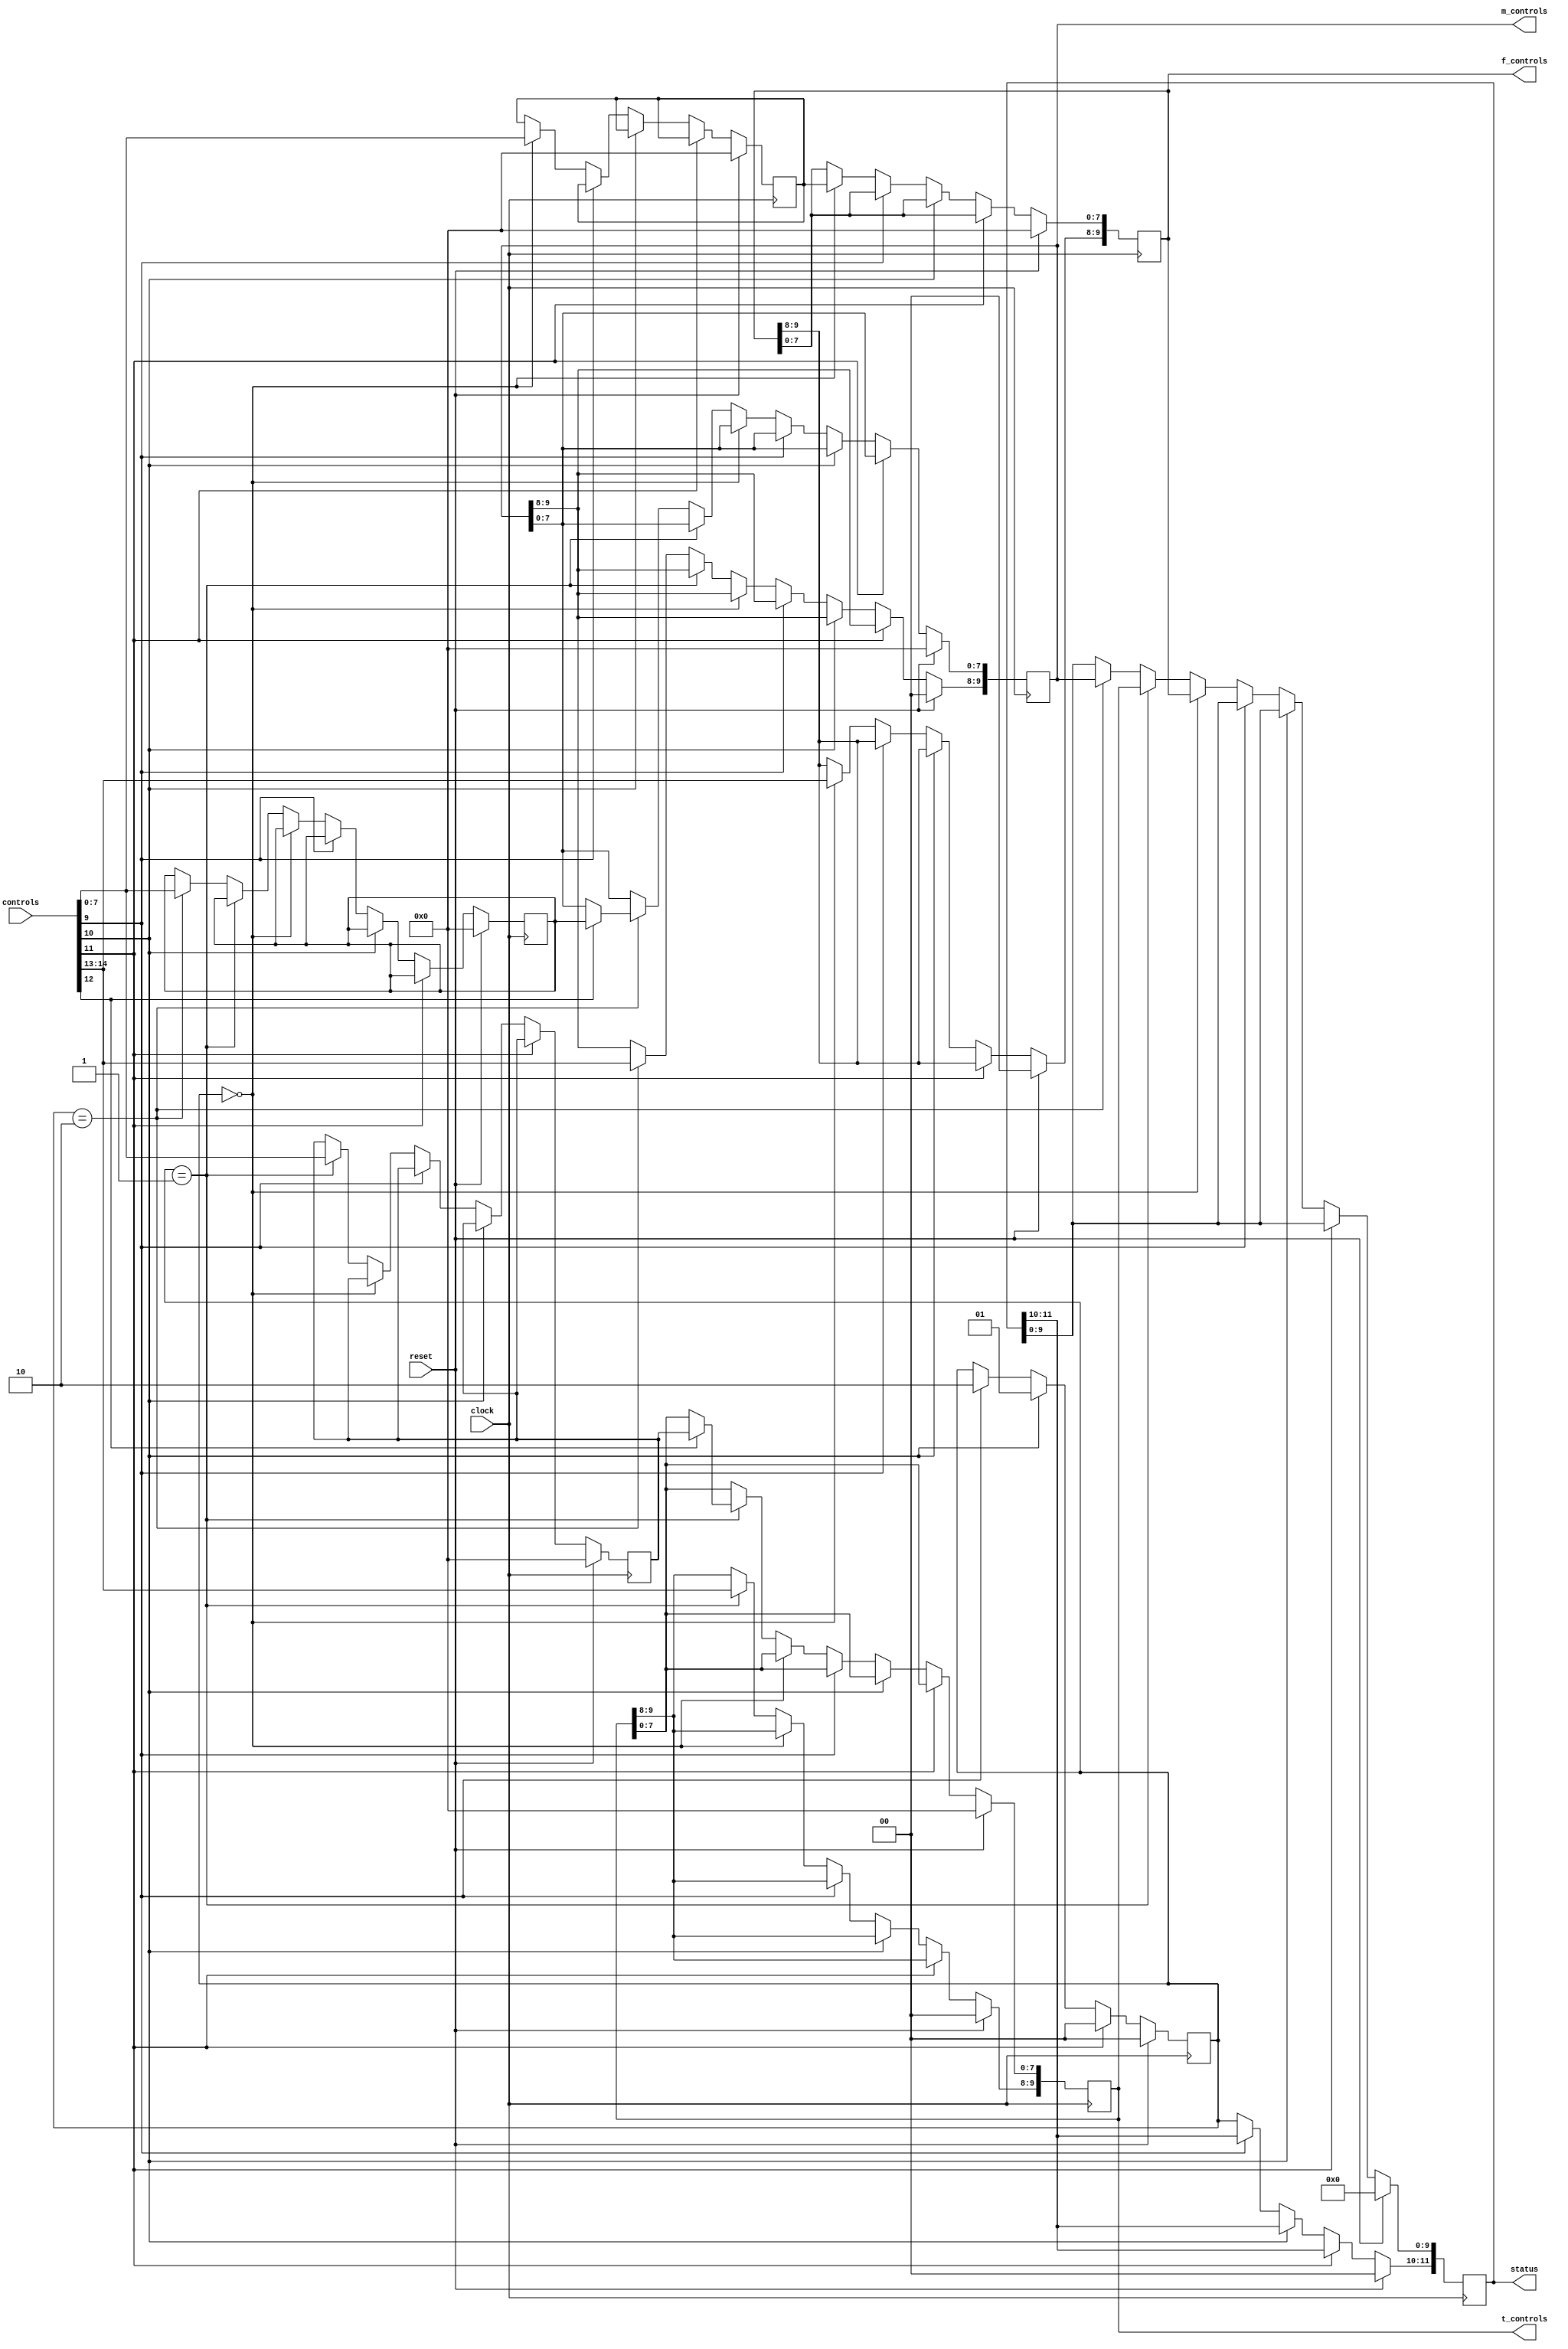
`timescale 1ns / 1ps
module HighLevelFSM(
    input clock,
    input reset,
    input [14:0] controls,
    output reg [9:0] f_controls =0,
    output reg [9:0] t_controls =0,
	 output reg [9:0] m_controls =0,
	 output reg [11:0] status =0
    );
    	//Inititate state variables
	 reg [1:0] state=0;
	 reg [1:0] f = 0;
	 reg [1:0] t = 1;
	 reg [1:0] m = 2;
	 //Enter acts as a special control signal within HLFSM
	 wire enter;
	 assign enter = controls[12];
	 //Controls sent to individual modules
	 //f=frequency, t=time, m=mixer
	 reg [7:0] n_f_controls = 0;
	 reg [7:0] n_t_controls = 0;
	 reg [7:0] n_m_controls = 0;
	always@(posedge clock) begin
		if (reset) begin
			f_controls<=0;
			t_controls<=0;
			m_controls<=0;
			n_f_controls<=0;
			n_t_controls<=0;
			n_m_controls<=0;
			state<=0;
			status<=0;
		//State controlled by pressing number buttons 3-1
		end else if(controls[11]) begin
			state<=f;
		end else if(controls[10]) begin
			state<=t;
		end else if(controls[9]) begin
			state<=m;
		end else begin
			status[11:10]<=state;
			//Assign controls based on state
			case(state)
				f:
					begin
						n_f_controls[7:0]<=controls[7:0];
						f_controls[9:8]<=controls[14:13];
						status[9:0]<=f_controls[9:0];
//						if(enter) begin
							f_controls[7:0]<=n_f_controls[7:0];
//						end
					end
				t:
					begin
						n_t_controls[7:0]<=controls[7:0];
						t_controls[9:8]<=controls[14:13];
						status[9:0]<=t_controls[9:0];
						if(enter) begin
							t_controls[7:0]<=n_t_controls[7:0];
						end
					end
				m:
					begin
						n_m_controls[7:0]<=controls[7:0];
						m_controls[9:8]<=controls[14:13];
						status[9:0]<=m_controls[9:0];
						if(enter) begin
							m_controls[7:0]<=n_m_controls[7:0];
						end
					end
			endcase
		end
	end	
endmodule